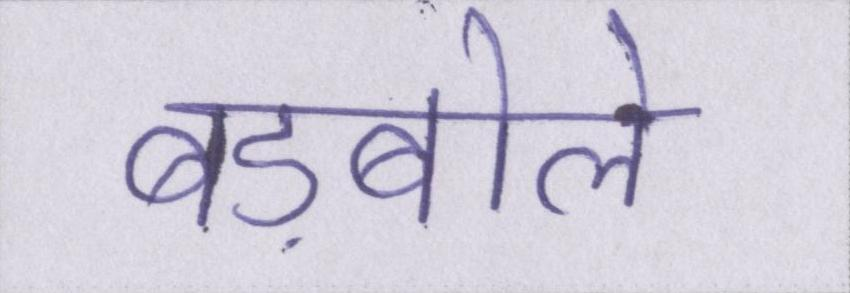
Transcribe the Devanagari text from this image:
बड़बोले